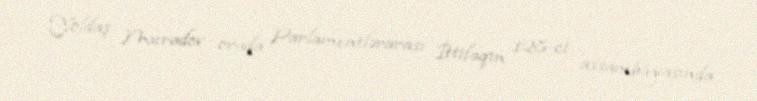
Yoldaş Muradov orada Parlamentlərarası İttifaqın 128-ci assambleyasında